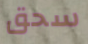
سحق